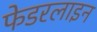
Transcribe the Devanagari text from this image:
फेडरलाइन